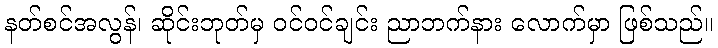
နတ်စင်အလွန်၊ ဆိုင်းဘုတ်မှ ဝင်ဝင်ချင်း ညာဘက်နား လောက်မှာ ဖြစ်သည်။